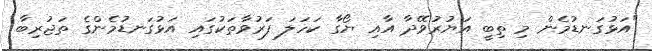
"އަޅުގަނޑުމެން މި ތިބީ އަޔުރުވޭދާ އާއި ޔޯގާ ކަހަލަ ފަރުވާތަކުގައި އަޅުގަނޑުމެންގެ ތަޖުރިބާ